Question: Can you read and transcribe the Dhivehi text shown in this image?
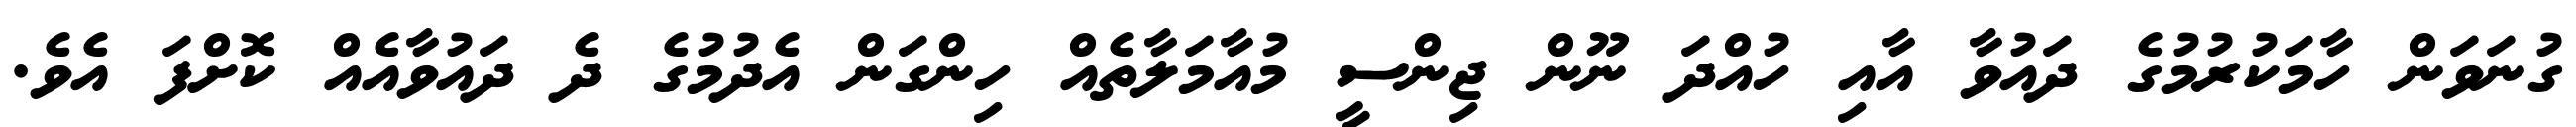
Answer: ގުނަވަން ހާމަކުރުމުގެ ދައުވާ އާއި ހުއްދަ ނޫން ޖިންސީ މުއާމަލާތެއް ހިންގަން އެދުމުގެ ދެ ދައުވާއެއް ކޮށްފަ އެވެ.